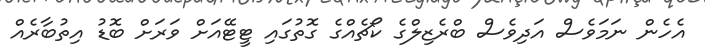
އެހެން ނަމަވެސް އަދިވެސް ބްރެޒިލްގެ ކޯޗެއްގެ ގޮތުގައި ޓީޓޭއަށް ވަރަށް ބޮޑު އިތުބާރެއް